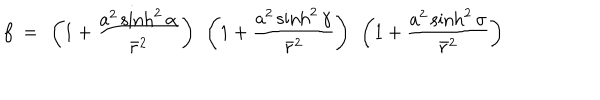
LaTeX: f ~ = ~ \left( 1 + \frac { a ^ { 2 } \sinh ^ { 2 } \alpha } { \bar { r } ^ { 2 } } \right) ~ \left( 1 + \frac { a ^ { 2 } \sinh ^ { 2 } \gamma } { \bar { r } ^ { 2 } } \right) ~ \left( 1 + \frac { a ^ { 2 } \sinh ^ { 2 } \sigma } { \bar { r } ^ { 2 } } \right)